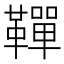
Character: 𩍍